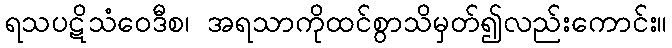
ရသပဋိသံဝေဒီစ၊ အရသာကိုထင်စွာသိမှတ်၍လည်းကောင်း။